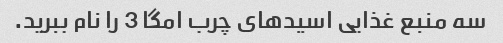
سه منبع غذایی اسیدهای چرب امگا 3 را نام ببرید.